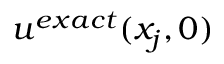
u ^ { e x a c t } ( x _ { j } , 0 )